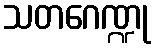
သတဂေဏ္ဍု